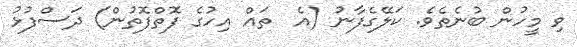
ވި މީހުން ބުނެތެވެ. ކަލޭގެފާނު (އެ  ތައް އިހުގެ ފޮތްފޮތުން) ދަސްފުޅު